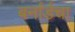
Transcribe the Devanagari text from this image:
बर्नार्डचा